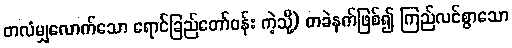
တလံမျှလောက်သော ရောင်ခြည်တော်ဝန်း ကဲ့သို့) တခဲနက်ဖြစ်၍ ကြည်လင်စွာသော